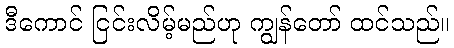
ဒီကောင် ငြင်းလိမ့်မည်ဟု ကျွန်တော် ထင်သည်။